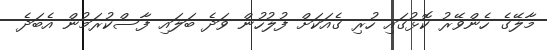
މާލޭގެ ހެންވޭރު ކޮޅުގައި ހުރި ގެއަކަށް ފުލުހުން ވަދެ ބަލައި ފާސްކުރަމުން އެބަދެ